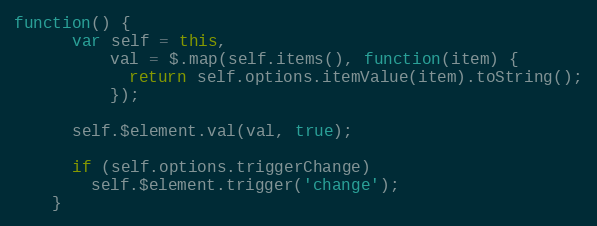
Language: JavaScript
function() {
      var self = this,
          val = $.map(self.items(), function(item) {
            return self.options.itemValue(item).toString();
          });

      self.$element.val(val, true);

      if (self.options.triggerChange)
        self.$element.trigger('change');
    }